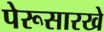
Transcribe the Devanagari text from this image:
पेरूसारखे